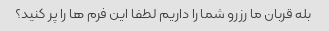
بله قربان ما رزرو شما را داریم لطفا این فرم ها را پر کنید؟